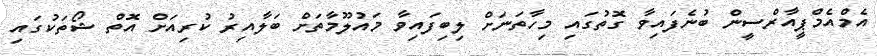
އެމްއެމްޕީއާރްސީން ބުނެފައިވާ ގޮތުގައި މިހާތަނަށް ލިބިފައިވާ މައުލޫމާތަށް ބަލާއިރު ކުރިއަށް އޮތް ޝޯތަކުގައި